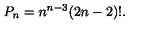
P _ { n } = n ^ { n - 3 } ( 2 n - 2 ) ! .